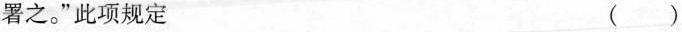
署之。”此项规定 ( )